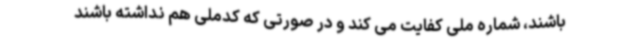
باشند، شماره ملی کفایت می کند و در صورتی که کدملی هم نداشته باشند